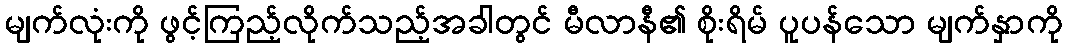
မျက်လုံးကို ဖွင့်ကြည့်လိုက်သည့်အခါတွင် မီလာနီ၏ စိုးရိမ် ပူပန်သော မျက်နှာကို